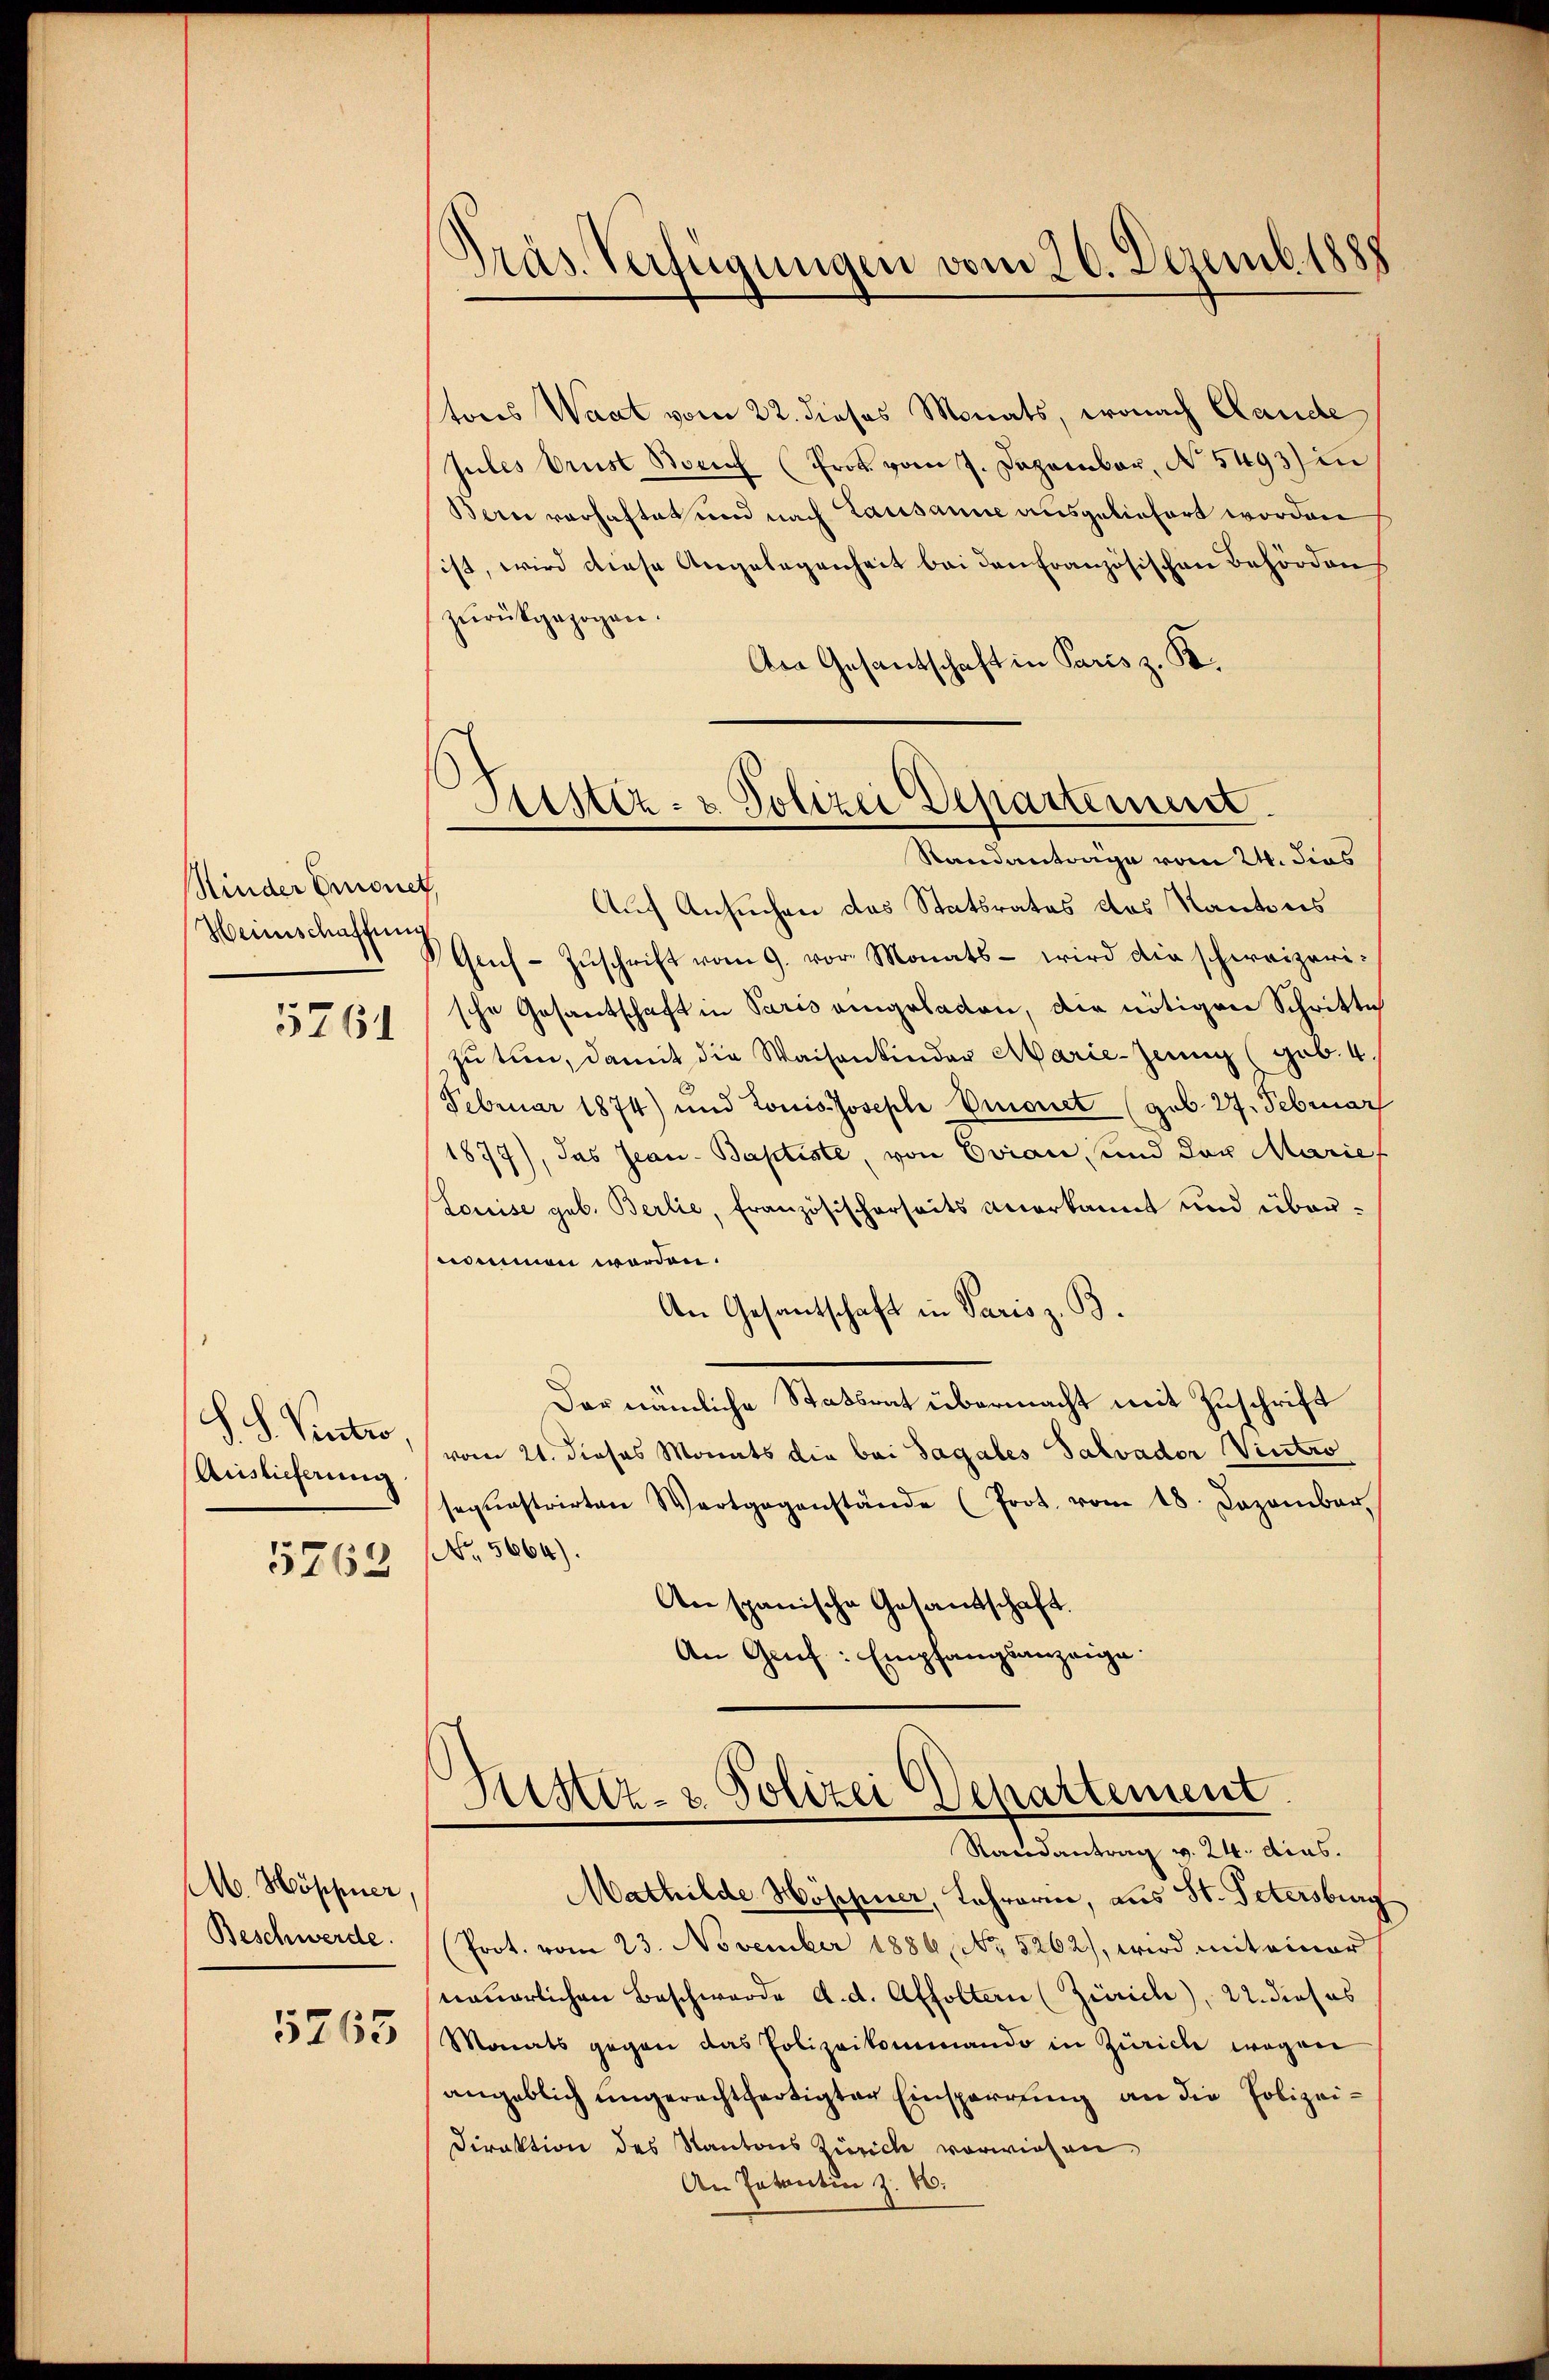
Kinder Emonet,
Hennschaffung
5761

S. S. Patro
Auslieferung

5763

M. Höppner,
Beschwerde.

5765

Präs. Verfügungen vom 26. Dezemb. 1888

Sistiz- & Polizei Departement
Randantrage vom 24. dies

tores Waat vom 22. dieses Monats, wonach Lande
Jules brust Noricz (Prok. vom 7. Dezember, No 5493) in
Bern vorhaftet und nach Lausanne ausgeliefert worden
ist, wird diese Angelegenheit bei den Französischen Behörden
zŭrückgezogen.
An Gesandschaft in Paris z. B.
Auf Ansuchen das Statsrates des Kantons
Geh-Zŭschrift vom 9. vor. Monats - wird die schweizerische Gesantschaft in Paris eingeladen, die nötigen Schritte
zu tun, damit die Waisenkinder Marie-Zeung (geb. 4.
Februar 1874) und Louis Josephe Vignet (geb. 27. Februar
1877), das Jean - Baptiste, von Evian, und der Marie
Louise geb. Berlie, Französischerseits anerkannt und übernommen worden.
An Gesantschaft in Paris z. B.
Der nämliche Statsrat übermacht mit Zuschrift
vom 21. dieses Monats die bei Sagales Salvador Vietro
seqŭastrirten Wartgegenstände (Prot. vom 18. Dezember
NNo. 5664).
An spanische Gesandtschaft.
An Gruf: Empfangsanzeige.

.
Justiz- & Polizei Departement
Randantrag v. 24. dies.

Mathilde Möschner, Lehrerin, aus St. Petersburg
Prot. vom 23. November 1886, No. 5262), wird mit einer
tauerlichen Beschwerde d. d. Affoltern (Zürich), 22. dieses
Monats gegen das Polizeikommando in Zürich wegen
angeblich ungerechtfertigter Einsperrung an die Polizei¬
Direktion des Kantons Zürich vorwiesen
An Patentin z. B.